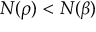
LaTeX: N ( \rho ) < N ( \beta )